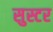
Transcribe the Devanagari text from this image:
सुस्टर